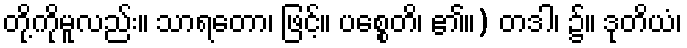
တို့ကိုမူလည်း။ သာရတော၊ ဖြင့်။ ပစ္စေတိ၊ ၏။) တဒါ၊ ၌။ ဒုတိယံ၊